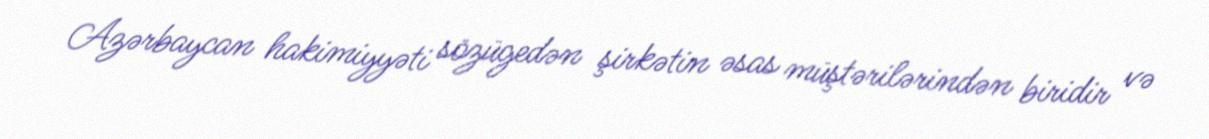
Azərbaycan hakimiyyəti sözügedən şirkətin əsas müştərilərindən biridir və